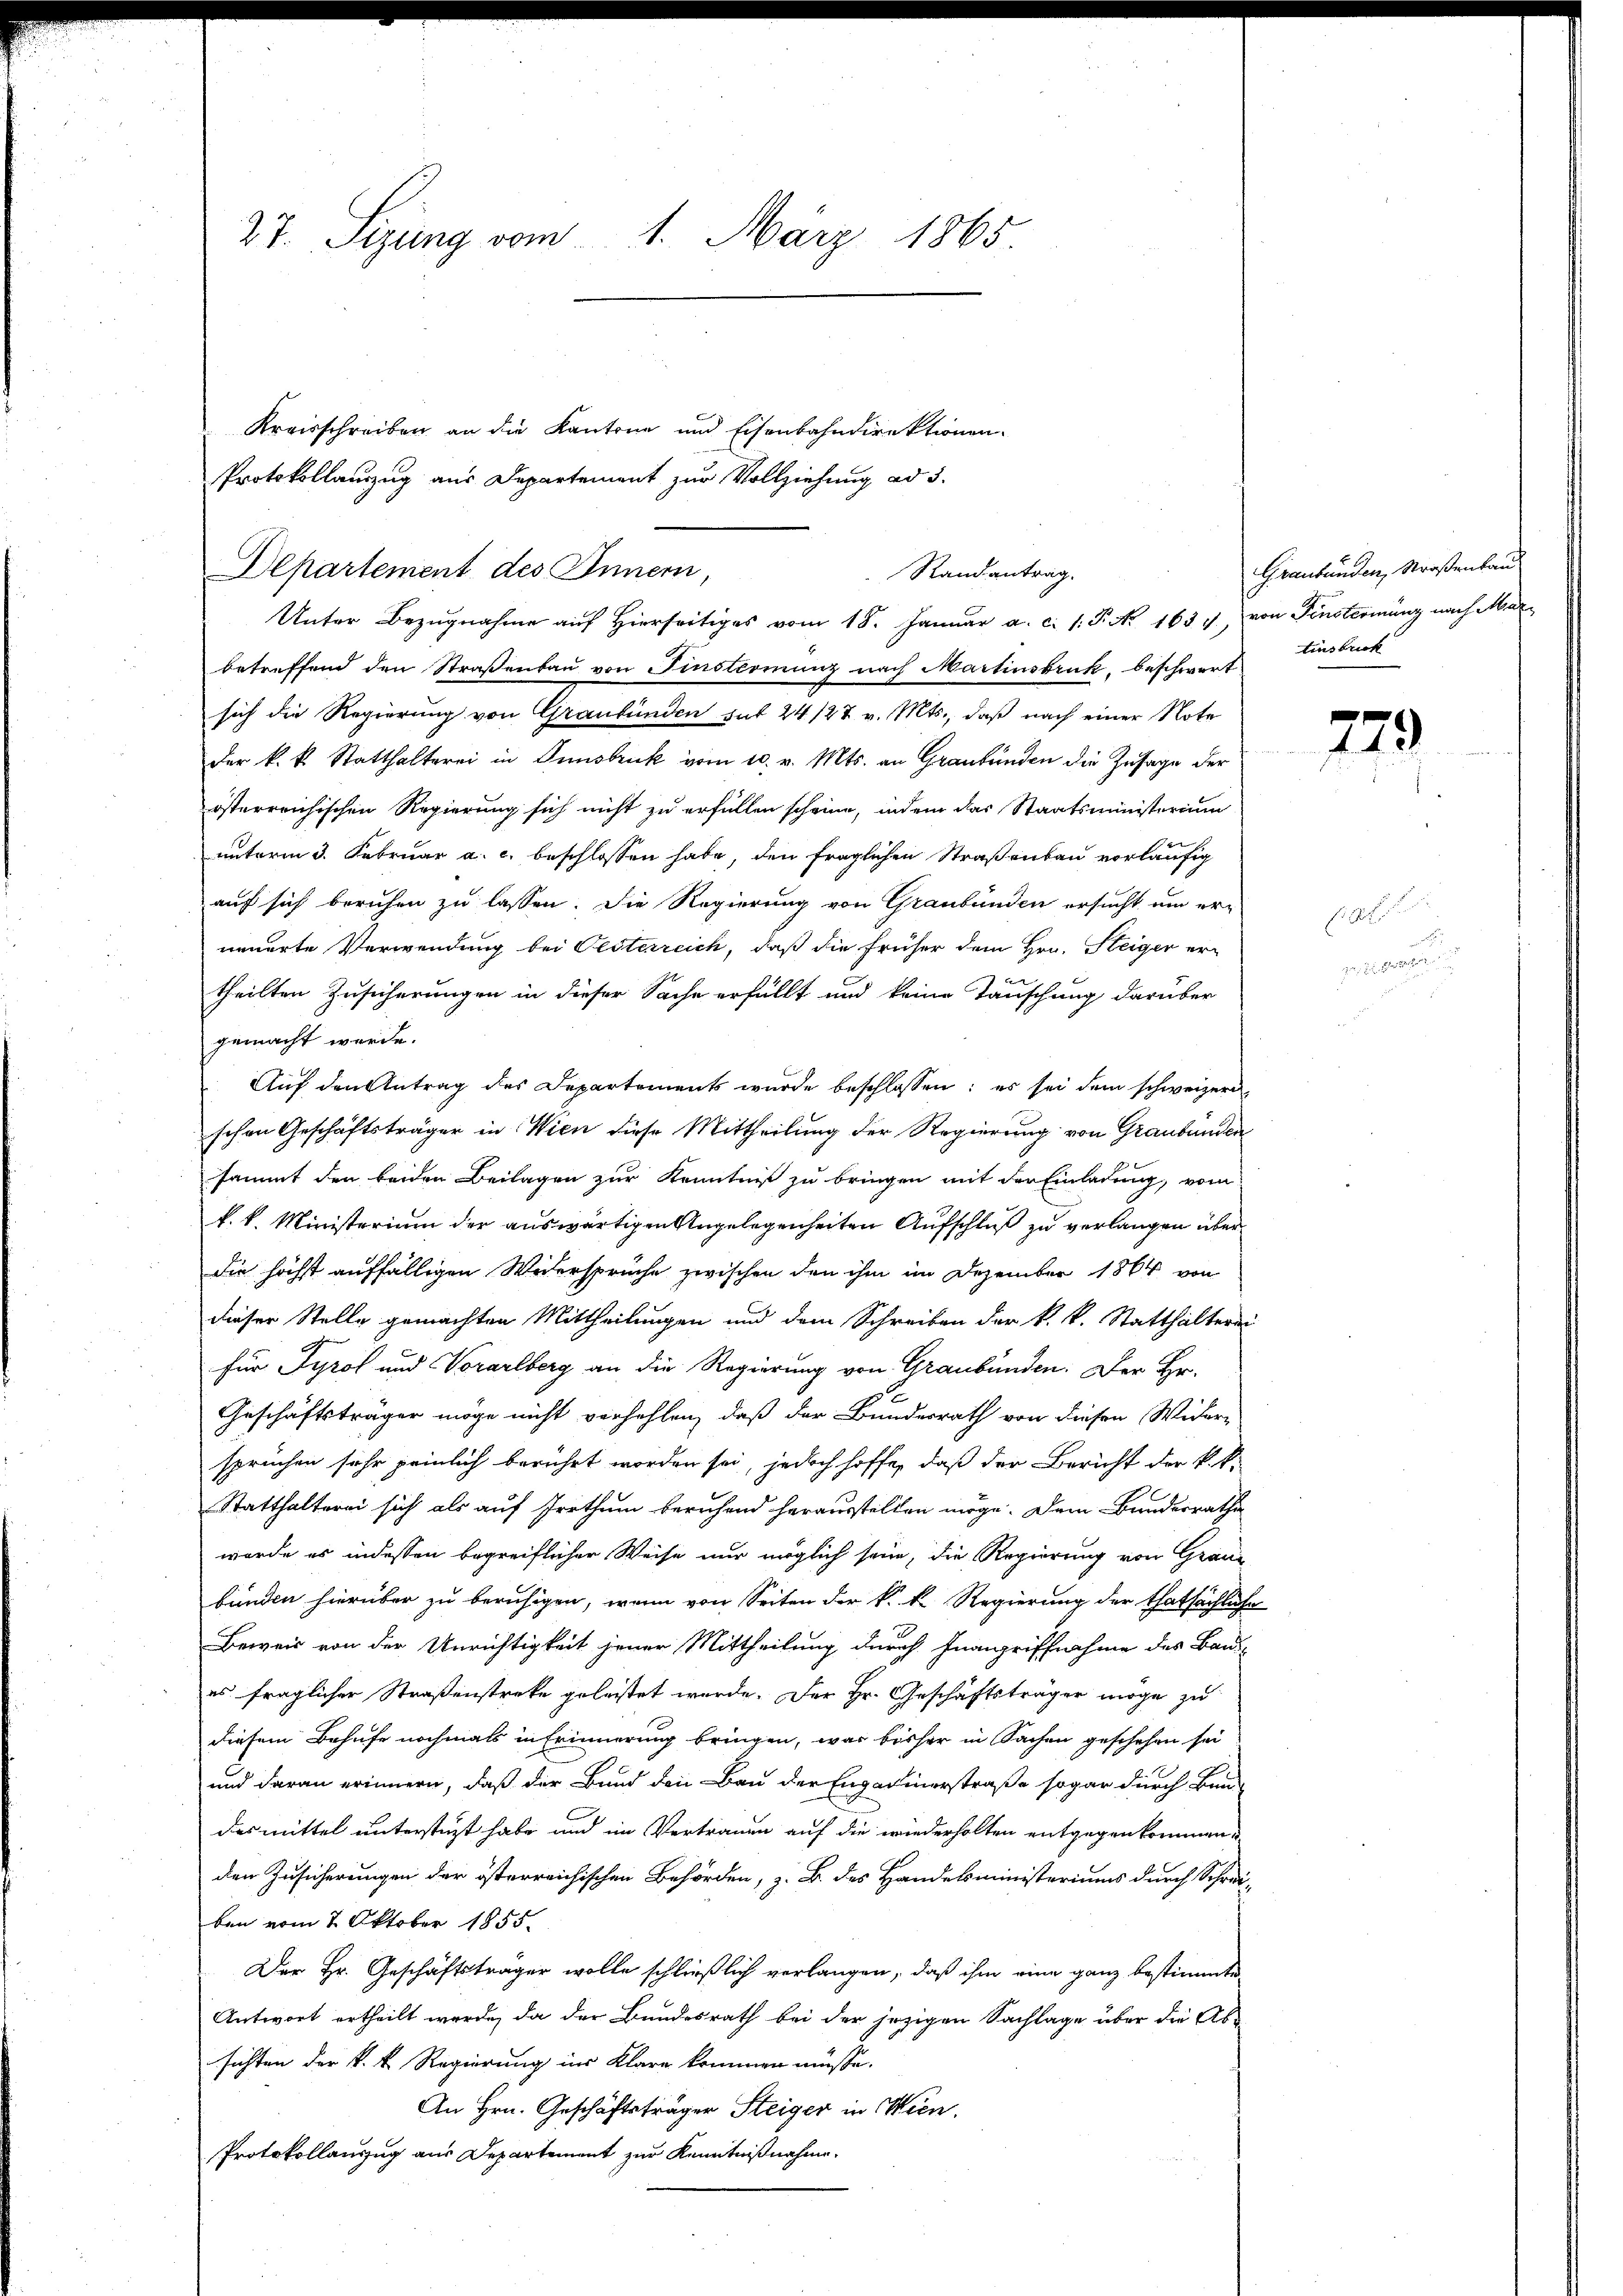
27. Sitzung vom 1. März 1865.

Kreisschreiben an die Kantone und Eisenbahndirektionen.
Protokollauszug aus Departement zur Vollziehung ad 3.
Departement des Innern,
Unter Bezŭgnahme aŭf hierseitiges vom 18. Januar a. c. 1. P. Nr. 1634, von Fensternung nach Mari
betreffend den Straßenbau von Finsterminz nach Martinsbruk, beschwert
sich die Regierung von Graubünden hat 24 127 v. Mts., daß nach einer Note
der k. k. Statthalterei in Innsbruk vom 10. v. Mts. an Graubünden die Zusage der
österreichischen Regierung sich nicht zu erfüllen scheine, indem das Staatsministerium
e
unterm 3. Februar a. c. beschlossen habe, den fraglichen Straßenbau vorläufig
auf sich beruhen zu lassen. Die Regierung von Graubünden ersucht um er-
neuerte Verwendung bei Pesterreich, daß die früher dem Hrn. Steiger er-
theilten Zusicherungen in dieser Sache erfüllt und keine Tauschung darüber
gemacht werde.
Aŭf den Antrag des Departements wŭrde beschlossen: es sei dem schweizer
schen Geschäftsträger in Wien diese Mittheilung der Regierung von Graubünden
sammt den beiden Beilagen zur Kenntniß zu bringen mit der Einladung, vom
k. k. Ministerium der auswärtigen Angelegenheiten Aufschluß zu verlangen überdie höchst auffälligen Widersprüche zwischen den ihm im Dezember 1864 von
dieser Stelle gemachten Mittheilungen und dem Schreiben der k. k. Statthaltern
für Tyrol und Vorarlberg an die Regierung von Graubünden. Der Hr.
Geschäftsträger möge nicht verhehlen, daß der Bundesrath von diesen Wider-
sprüchen sehr peinlich berührt worden sei, jedoch hoffe, daß der Bericht der k.k.
Statthaltereni sich als auf Irrthum beruhend herausstellen möge. Dem Bundesrathe
worde es indessen begreiflicher Weise nur möglich sein, die Regierung von Graue
bunden hierüber zu beruhigen, wenn von Seiten der k. k. Regierung der thatsächliche
Beweis von der Unrichtigkeit jener Mittheilung durch Inanzriffnahme des Bau-
es fraglicher Straßenstreke geleistet werde. Der Hr. Geschäftsträger möge zu
diesem Behufe nochmals in Erinnerung bringen, was bisher in Sachen geschehen sei
und daran erinnern, daß der Bund den Bau der Engadinerstraße sogar durch Bun-
desmittel unterstüzt habe und im Vertrauen auf die wiederholten entgegenkommen,
den Zusicherungen der österreichischen Behörden, z. B. des Handelsministeriums durch Schreiben vom 2. Oktober 1855.
Der Hr. Geschäftsträger wolle schließlich verlangen, daß ihm eine ganz bestimmte
Antwort ertheilt werde, da der Bundesrath bei der jezigen Sachlage über die Absichten der k. k. Regierung im Klare kommen müsse.
An Hrn. Geschäftsträger Steiger in Wien.
Protokollauszug aus Departement zur Kenntnißnahme.

Randantrag.

Graubünden, Straßenbau
tinsbrief

u

779

u

2